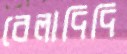
বেলাদিদি